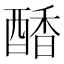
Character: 𮠷